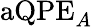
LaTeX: \textrm{aQPE}_{A}